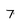
Character: 7